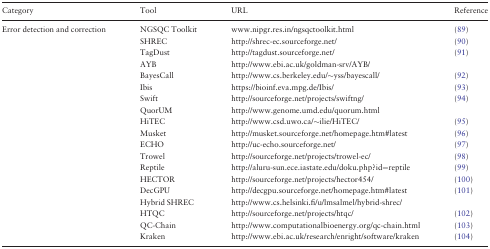
| Category | Tool | URL | Reference |
 | --- | --- | --- | --- |
 | Error detection and correction | NGSQC Toolkit | www.nipgr.res.in/ngsqctoolkit.html | (89) |
 |  | SHREC | http://shrec-ec.sourceforge.net/ | (90) |
 |  | TagDust | http://tagdust.sourceforge.net/ | (91) |
 |  | AYB | http://www.ebi.ac.uk/goldman-srv/AYB/ |  |
 |  | BayesCall | http://www.cs.berkeley.edu/∼yss/bayescall/ | (92) |
 |  | Ibis | https://bioinf.eva.mpg.de/Ibis/ | (93) |
 |  | Swift | http://sourceforge.net/projects/swiftng/ | (94) |
 |  | QuorUM | http://www.genome.umd.edu/quorum.html |  |
 |  | HiTEC | http://www.csd.uwo.ca/∼ilie/HiTEC/ | (95) |
 |  | Musket | http://musket.sourceforge.net/homepage.htm#latest | (96) |
 |  | ECHO | http://uc-echo.sourceforge.net/ | (97) |
 |  | Trowel | http://sourceforge.net/projects/trowel-ec/ | (98) |
 |  | Reptile | http://aluru-sun.ece.iastate.edu/doku.php?id=reptile | (99) |
 |  | HECTOR | http://sourceforge.net/projects/hector454/ | (100) |
 |  | DecGPU | http://decgpu.sourceforge.net/homepage.htm#latest | (101) |
 |  | Hybrid SHREC | http://www.cs.helsinki.fi/u/lmsalmel/hybrid-shrec/ |  |
 |  | HTQC | http://sourceforge.net/projects/htqc/ | (102) |
 |  | QC-Chain | http://www.computationalbioenergy.org/qc-chain.html | (103) |
 |  | Kraken | http://www.ebi.ac.uk/research/enright/software/kraken | (104) |